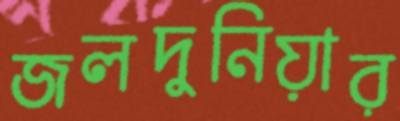
জলদুনিয়ার